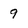
Character: 9